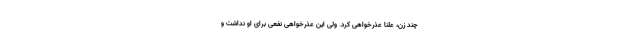
چند زن، علناً عذرخواهی کرد. ولی این عذرخواهی نفعی برای او نداشت و